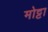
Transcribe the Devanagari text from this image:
मोट्टा